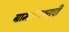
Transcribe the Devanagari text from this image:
ग्रामपंचायतची